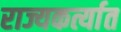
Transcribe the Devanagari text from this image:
राज्यकर्त्यात